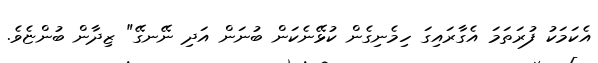
އެކަމަކު ފުރަތަމަ އެގާރައިގަ ހިމެނިގެން ކުޅޭނެކަން ބުނަން އަދި ނޭނގޭ" ޒިދާން ބުންޏެވެ.